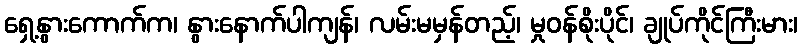
ရှေ့နွားကောက်က၊ နွားနောက်ပါကျန်၊ လမ်းမမှန်တည့်၊ မှုဝန်စိုးပိုင်၊ ချုပ်ကိုင်ကြီးမား၊